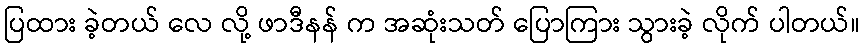
ပြထား ခဲ့တယ် လေ လို့ ဖာဒီနန် က အဆုံးသတ် ပြောကြား သွားခဲ့ လိုက် ပါတယ်။